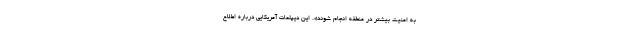
به امنیت بیشتر در منطقه انجام شوند». این دیپلمات آمریکایی درباره اطلاع